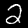
Digit: 2